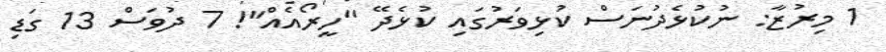
1 މިރުޒާ: ނުކުޅެދުނަސް ކުޅިވަރުގައި ކުޅެދޭ ''ހީރޯއެއް''! 7 ދުވަސް 13 ގަޑި